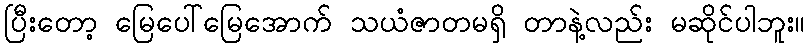
ပြီးတော့ မြေပေါ်မြေအောက် သယံဇာတမရှိ တာနဲ့လည်း မဆိုင်ပါဘူး။